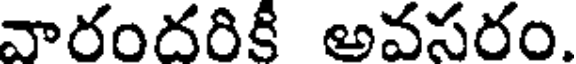
వారందరికి అవసరం.